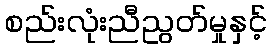
စည်းလုံးညီညွတ်မှုနှင့်